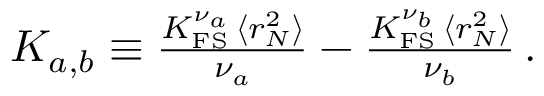
\begin{array} { r } { K _ { a , b } \equiv \frac { K _ { \mathrm { F S } } ^ { \nu _ { a } } \, \langle r _ { N } ^ { 2 } \rangle } { \nu _ { a } } - \frac { K _ { \mathrm { F S } } ^ { \nu _ { b } } \, \langle r _ { N } ^ { 2 } \rangle } { \nu _ { b } } \, . } \end{array}